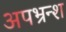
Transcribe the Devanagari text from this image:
अपभ्रन्‍श